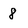
Character: 8